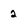
Character: 2